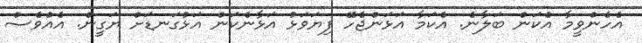
އެހެންވީމާ އެކަން ބަލާނެ. އެކަމާ އަޅަންޖެހޭ ފިޔަވަޅު އަޅާނެކަން އަޅުގަނޑަށް ޔަގީން. އެއްވެސް